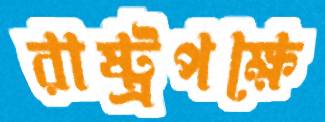
রাষ্ট্রপক্ষে